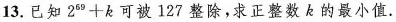
13. 已知 $$2 ^ { 6 9 } + k$$ 可被 127 整除，求正整数 k 的最小值.